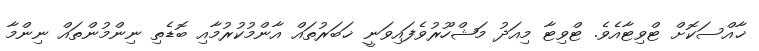
ޚާއްސަކޮށް ޓްވިޓާއެވެ. ޓްވިޓާ މިއަދު މަޝްހޫރުވެފައިވަނީ ޚަބަރުތައް އާންމުކުރުމާއި ބޮޑެތި ނިންމުންތައް ނިންމާ